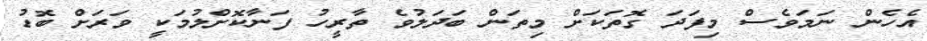
އެހެން ނަމަވެސް މިފަދަ ގޮތަކަށް މިތަން ބަދަލުވެ ތާރީހު ފަނާކޮށްލުމަކީ ވަރަށް ބޮޑު